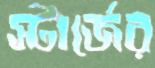
স্টার্জের